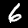
Label: 6